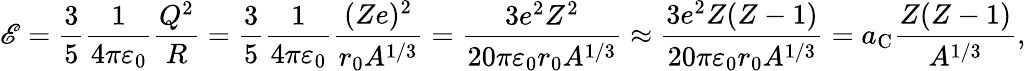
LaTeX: \mathscr{E}={\frac{{3}}{{5}}}{\frac{{1}}{{4\pi\varepsilon_{0}}}}{\frac{{Q^{2}}}{{R}}}={\frac{{3}}{{5}}}{\frac{{1}}{{4\pi\varepsilon_{0}}}}{\frac{{(Ze)^{2}}}{{r_{0}A^{1/3}}}}={\frac{{3e^{2}Z^{2}}}{{20\pi\varepsilon_{0}r_{0}A^{1/3}}}}\approx{\frac{{3e^{2}Z(Z-1)}}{{20\pi\varepsilon_{0}r_{0}A^{1/3}}}}=a_{\mathrm{{C}}}{\frac{{Z(Z-1)}}{{A^{1/3}}}},